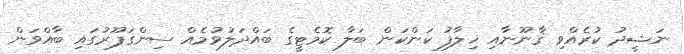
ނަޝީދު ކުރެއްވި ޤާނޫނާއި ޚިލާފު ކަންކަން ބަލާ ކޮމެޓީގެ ބައްދަލުވުމެއް ސިންގަޕޫރުގައި ބާއްވަން